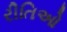
રીતિઓ